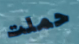
حملت